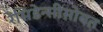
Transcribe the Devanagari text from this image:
रेसिडेन्सीसोबत